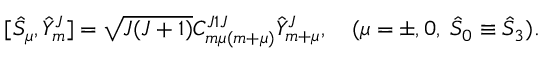
[ { \hat { S } } _ { \mu } , { \hat { Y } } _ { m } ^ { J } ] = \sqrt { J ( J + 1 ) } C _ { m \mu ( m + \mu ) } ^ { J 1 J } { \hat { Y } } _ { m + \mu } ^ { J } , \quad ( \mu = \pm , 0 , \; { \hat { S } } _ { 0 } \equiv { \hat { S } } _ { 3 } ) .